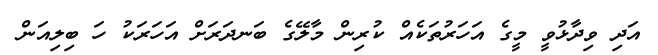
އަދި ވިދާޅުވީ މީގެ އަހަރުތަކެއް ކުރިން މާލޭގެ ބަނދަރަށް އަހަރަކު ހަ ބިލިއަން